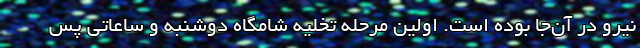
نیرو در آن‌جا بوده است. اولین مرحله تخلیه شامگاه دوشنبه و ساعاتی پس